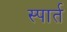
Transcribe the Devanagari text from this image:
स्पार्त